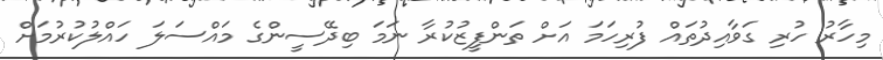
މިހާރު ހުރި ގަވާއިދުތައް ފުރިހަމަ އަށް ތަންފީޒުކުރާ ނަމަ ބިދޭސީންގެ މައްސަލަ ހައްލުކުރުމަށް